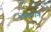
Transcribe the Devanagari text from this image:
डिबोयन